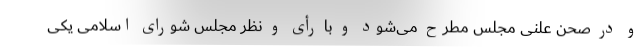
و در صحن علنی مجلس مطرح می‌شود و با رأی و نظر مجلس شورای اسلامی یکی